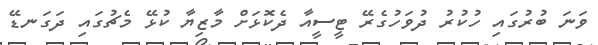
ވަނަ ބުރުގައި ހުކުރު ދުވަހުގެރޭ ޓީސީއާ ދެކޮޅަށް މާޒިޔާ ކުޅޭ މެޗުގައި ދަގަނޑޭ